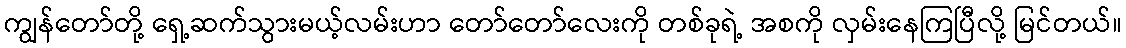
ကျွန်တော်တို့ ရှေ့ဆက်သွားမယ့်လမ်းဟာ တော်တော်လေးကို တစ်ခုရဲ့ အစကို လှမ်းနေကြပြီလို့ မြင်တယ်။